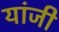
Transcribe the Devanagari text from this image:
यांजी